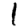
Digit: 1